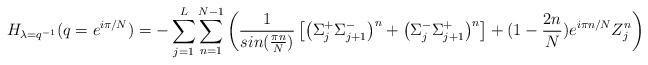
LaTeX: \begin{align*}H_{\lambda =q^{-1}}(q = e^{i \pi /N})= -\sum^L_{j=1} \sum^{N-1}_{n=1}\left( \frac{1}{sin ( \frac{\pi n}{N})} \left[ \left( \Sigma^+_j\Sigma^-_{j+1} \right)^n + \left( \Sigma^-_j\Sigma^+_{j+1} \right)^n \right] +( 1- \frac{2n}{N}) e^{i \pi n/N} Z^n_j \right)\end{align*}